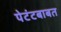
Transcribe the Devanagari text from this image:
पेटंटबाबत